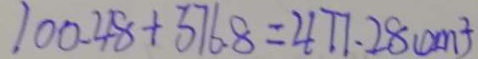
1 0 0 . 4 8 + 3 7 6 . 8 = 4 7 7 . 2 8 ( c m ^ { 2 } )